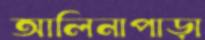
আলিনাপাড়া